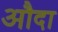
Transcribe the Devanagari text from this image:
औदा